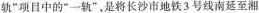
轨”项目中的”一轨”，是将长沙市地铁3号线南延至湘